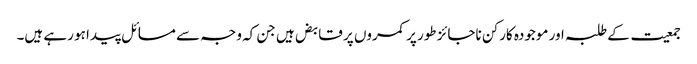
جمعیت کے طلبہ اور موجودہ کارکن ناجائز طور پر کمروں پر قابض ہیں جن کہ وجہ سے مسائل پیدا ہو رہے ہیں۔